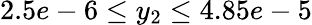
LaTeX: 2.5e-6\leq y_{2}\leq 4.85e-5